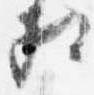
相